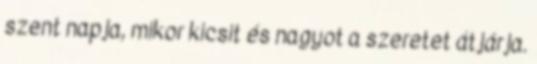
szent napja, mikor kicsit és nagyot a szeretet átjárja.